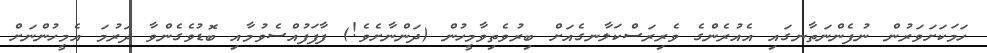
ހަމަކަށަވަރުން ނުފެންނަތާނގައި އެއުރެންގެ ވެރިރަސްކަލާނގެއަށް ބިރުވެތިވާމީހުން (ދަންނާށެވެ!) ފާފަފުއްސެވުމާއި ބޮޑުވެގެންވާ ދަރުމަ އެމީހުންނަށް